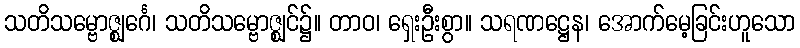
သတိသမ္ဗောဇ္ဈင်္ဂေ၊ သတိသမ္ဗောဇ္ဈင်၌။ တာဝ၊ ရှေးဦးစွာ။ သရဏဋ္ဌေန၊ အောက်မေ့ခြင်းဟူသော